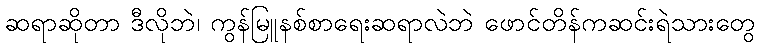
ဆရာဆိုတာ ဒီလိုဘဲ၊ ကွန်မြူနစ်စာရေးဆရာလဲဘဲ ဖောင်တိန်ကဆင်းရဲသားတွေ